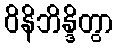
ဝိနိဘိန္ဒိတွာ